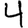
Digit: 4